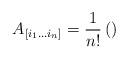
LaTeX: \begin{align*}A_{\left[i_{1}\ldots i_{n}\right]}=\frac{1}{n!}\left(\right)\end{align*}